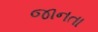
જાનતા